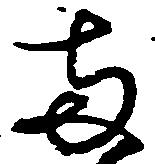
両